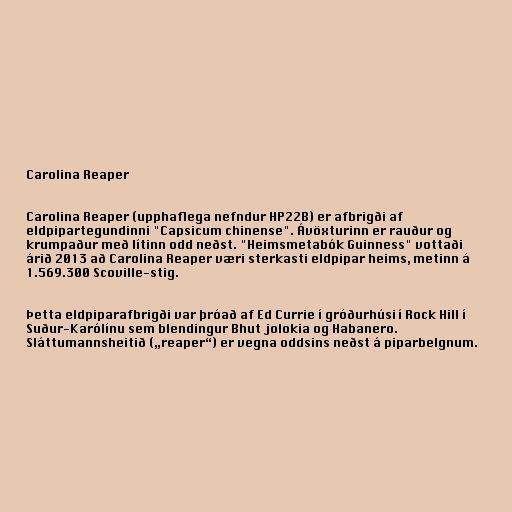
Carolina Reaper

Carolina Reaper (upphaflega nefndur HP22B) er afbrigði af
eldpipartegundinni "Capsicum chinense". Ávöxturinn er rauður og
krumpaður með lítinn odd neðst. "Heimsmetabók Guinness" vottaði
árið 2013 að Carolina Reaper væri sterkasti eldpipar heims, metinn á
1.569.300 Scoville-stig.

Þetta eldpiparafbrigði var þróað af Ed Currie í gróðurhúsi í Rock Hill í
Suður-Karólínu sem blendingur Bhut jolokia og Habanero.
Sláttumannsheitið („reaper“) er vegna oddsins neðst á piparbelgnum.